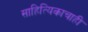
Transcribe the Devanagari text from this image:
साहित्यिकाचाही